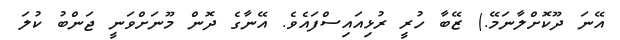
އޭނަ ދޫކޮށްލާނަމޭ.) ޒޭބާ ހުރީ ރުޅިއައިސްފައެވެ. އޭނާގެ ދޮން މޫނަށްވަނީ ޖަންބު ކުލަ